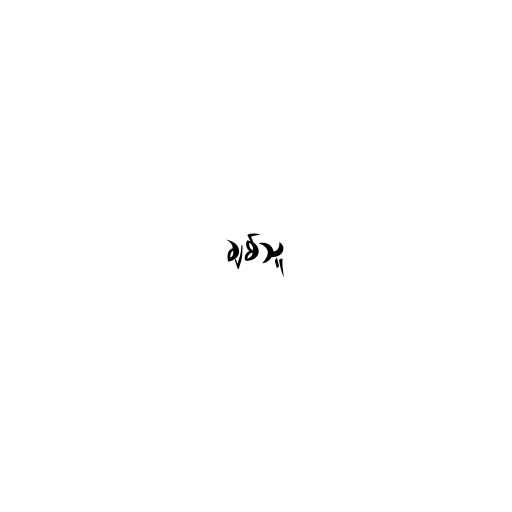
ချစ်သူ